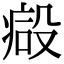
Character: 𣪪